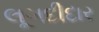
લૂગદીદાર